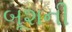
બૂશની